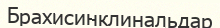
Брахисинклинальдар